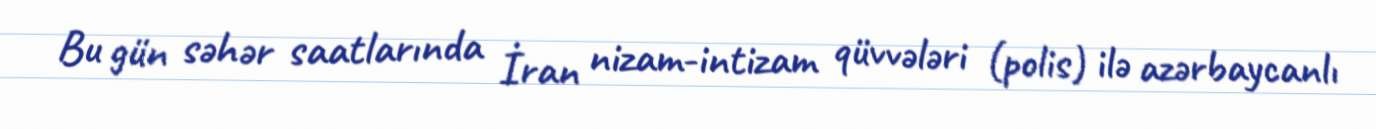
Bu gün səhər saatlarında İran nizam-intizam qüvvələri (polis) ilə azərbaycanlı